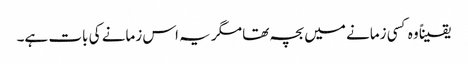
یقیناً وہ کسی زمانے میں بچہ تھا مگر یہ اس زمانے کی بات ہے۔